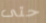
حتى